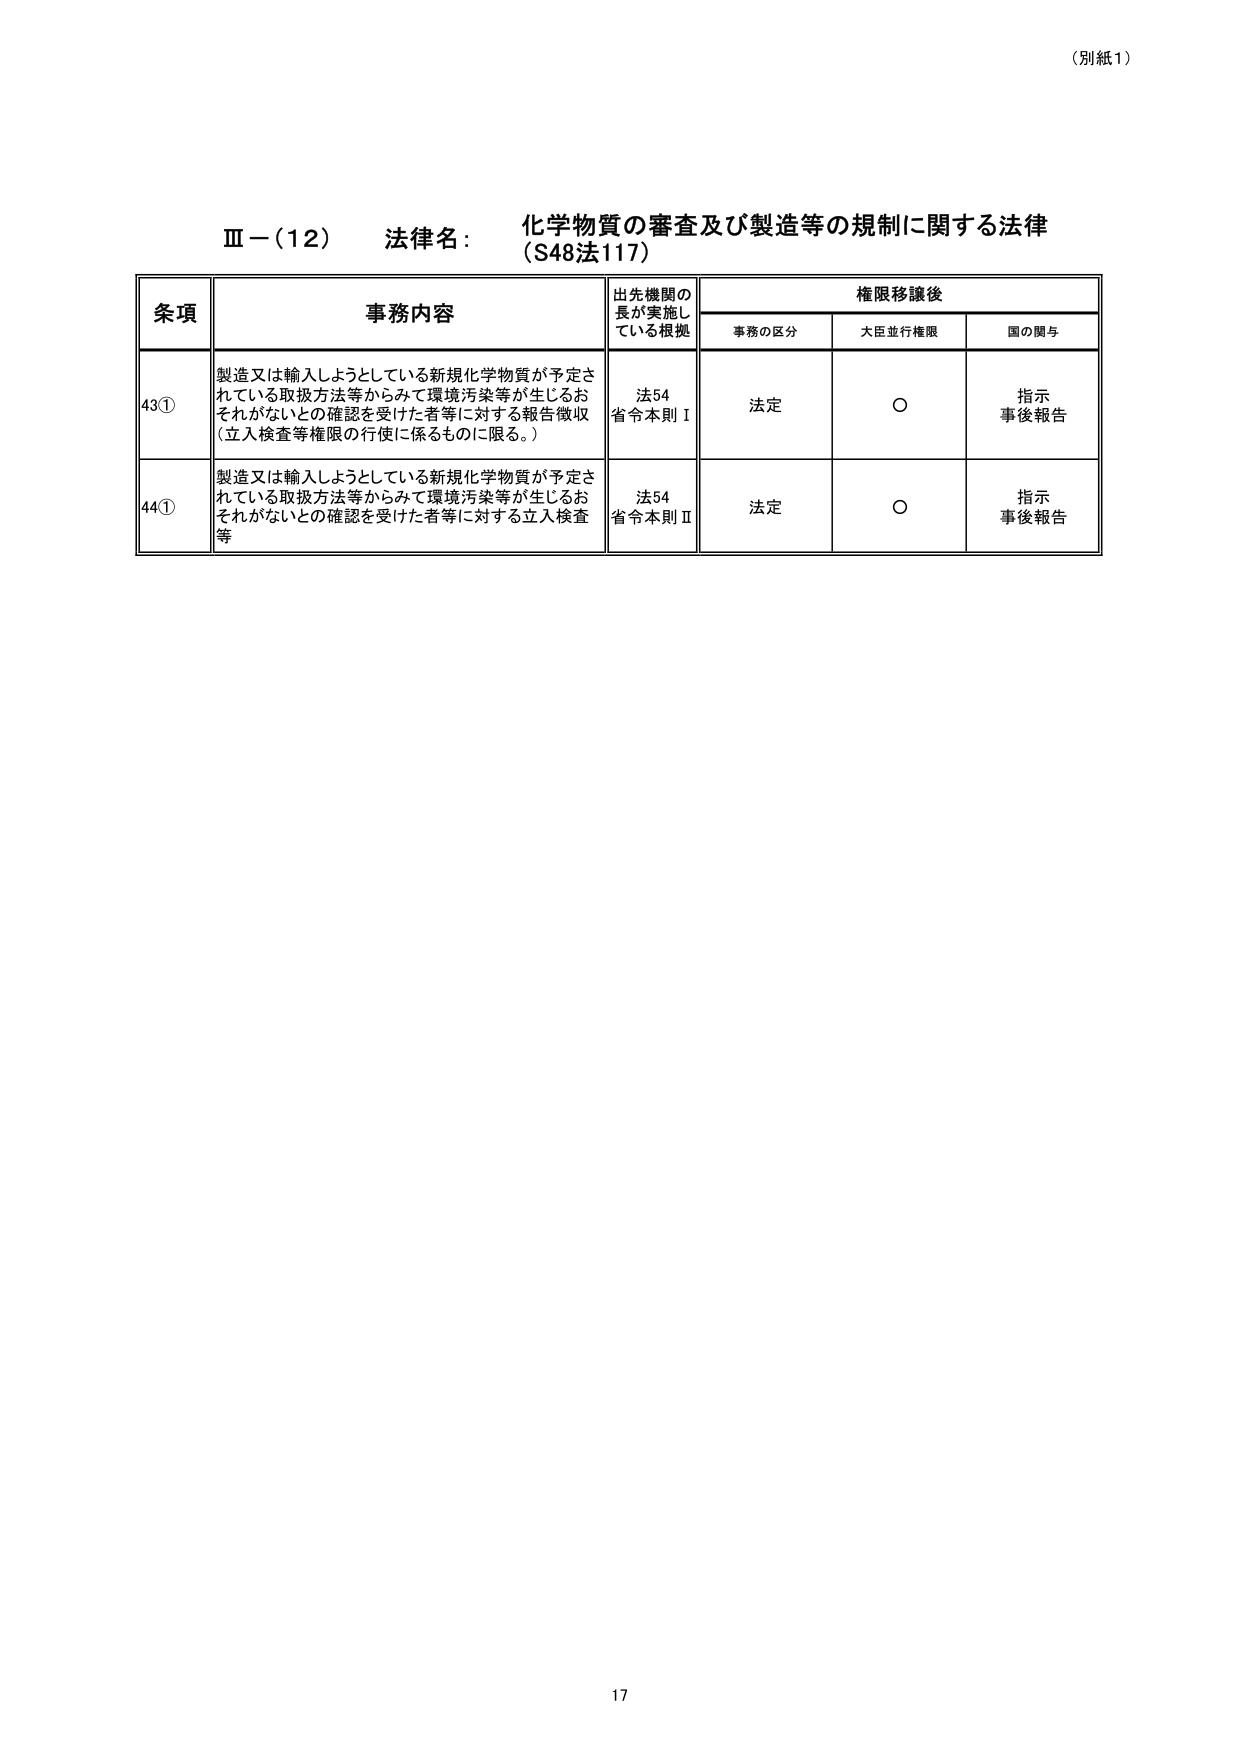
（別紙1）

Ⅲ－（12） 法律名： 化学物質の審査及び製造等の規制に関する法律
（S48法117）

条項 事務内容 出先機関の
長が実施し
ている根拠 権限移譲後
事務の区分 大臣並行権限 国の関与

43① 製造又は輸入しようとしている新規化学物質が予定さ
れている取扱方法等からみて環境汚染等が生じるお
それがないとの確認を受けた者等に対する報告徴収
（立入検査等権限の行使に係るものに限る。） 法54
省令本則Ⅰ 法定 ○ 指示
事後報告

44① 製造又は輸入しようとしている新規化学物質が予定さ
れている取扱方法等からみて環境汚染等が生じるお
それがないとの確認を受けた者等に対する立入検査
等 法54
省令本則Ⅱ 法定 ○ 指示
事後報告

17